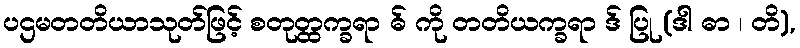
ပဌမတတိယာသုတ်ဖြင့် စတုတ္ထက္ခရာ ဓ် ကို တတိယက္ခရာ ဒ် ပြု (ဒါ ဓာ ၊ တိ),